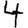
Digit: 4